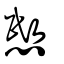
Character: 愍